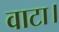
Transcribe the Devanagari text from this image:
वाटा।